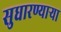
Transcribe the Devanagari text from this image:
सुधारण्याऱ्या